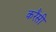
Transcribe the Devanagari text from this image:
करैंसी